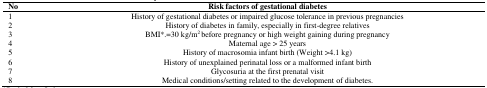
| No | Risk factors of gestational diabetes |
 | --- | --- |
 | 1 | History of gestational diabetes or impaired glucose tolerance in previous pregnancies |
 | 2 | History of diabetes in family, especially in first-degree relatives |
 | 3 | BMI*.=30 kg/m2 before pregnancy or high weight gaining during pregnancy |
 | 4 | Maternal age > 25 years |
 | 5 | History of macrosomia infant birth (Weight >4.1 kg) |
 | 6 | History of unexplained perinatal loss or a malformed infant birth |
 | 7 | Glycosuria at the first prenatal visit |
 | 8 | Medical conditions/setting related to the development of diabetes. |